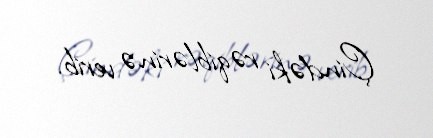
Çindəki rəqiblərinə verib.